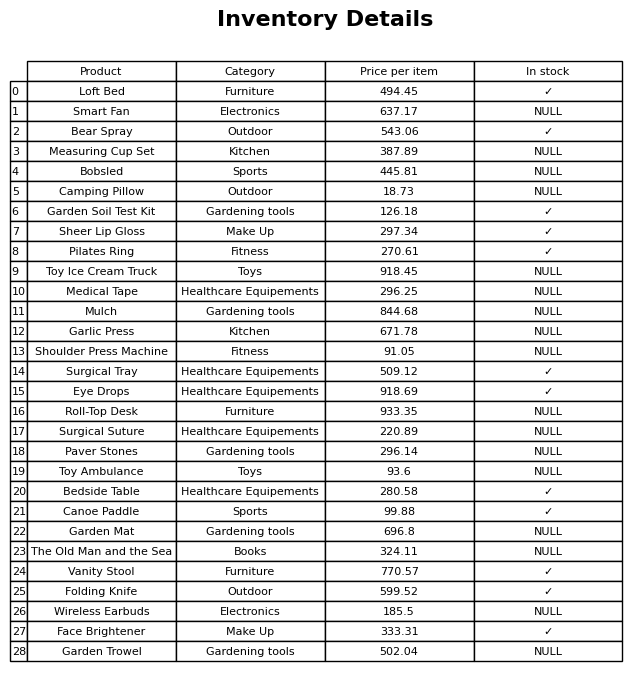
question: What is the stock status of the Toy Ambulance?
answer: NULL